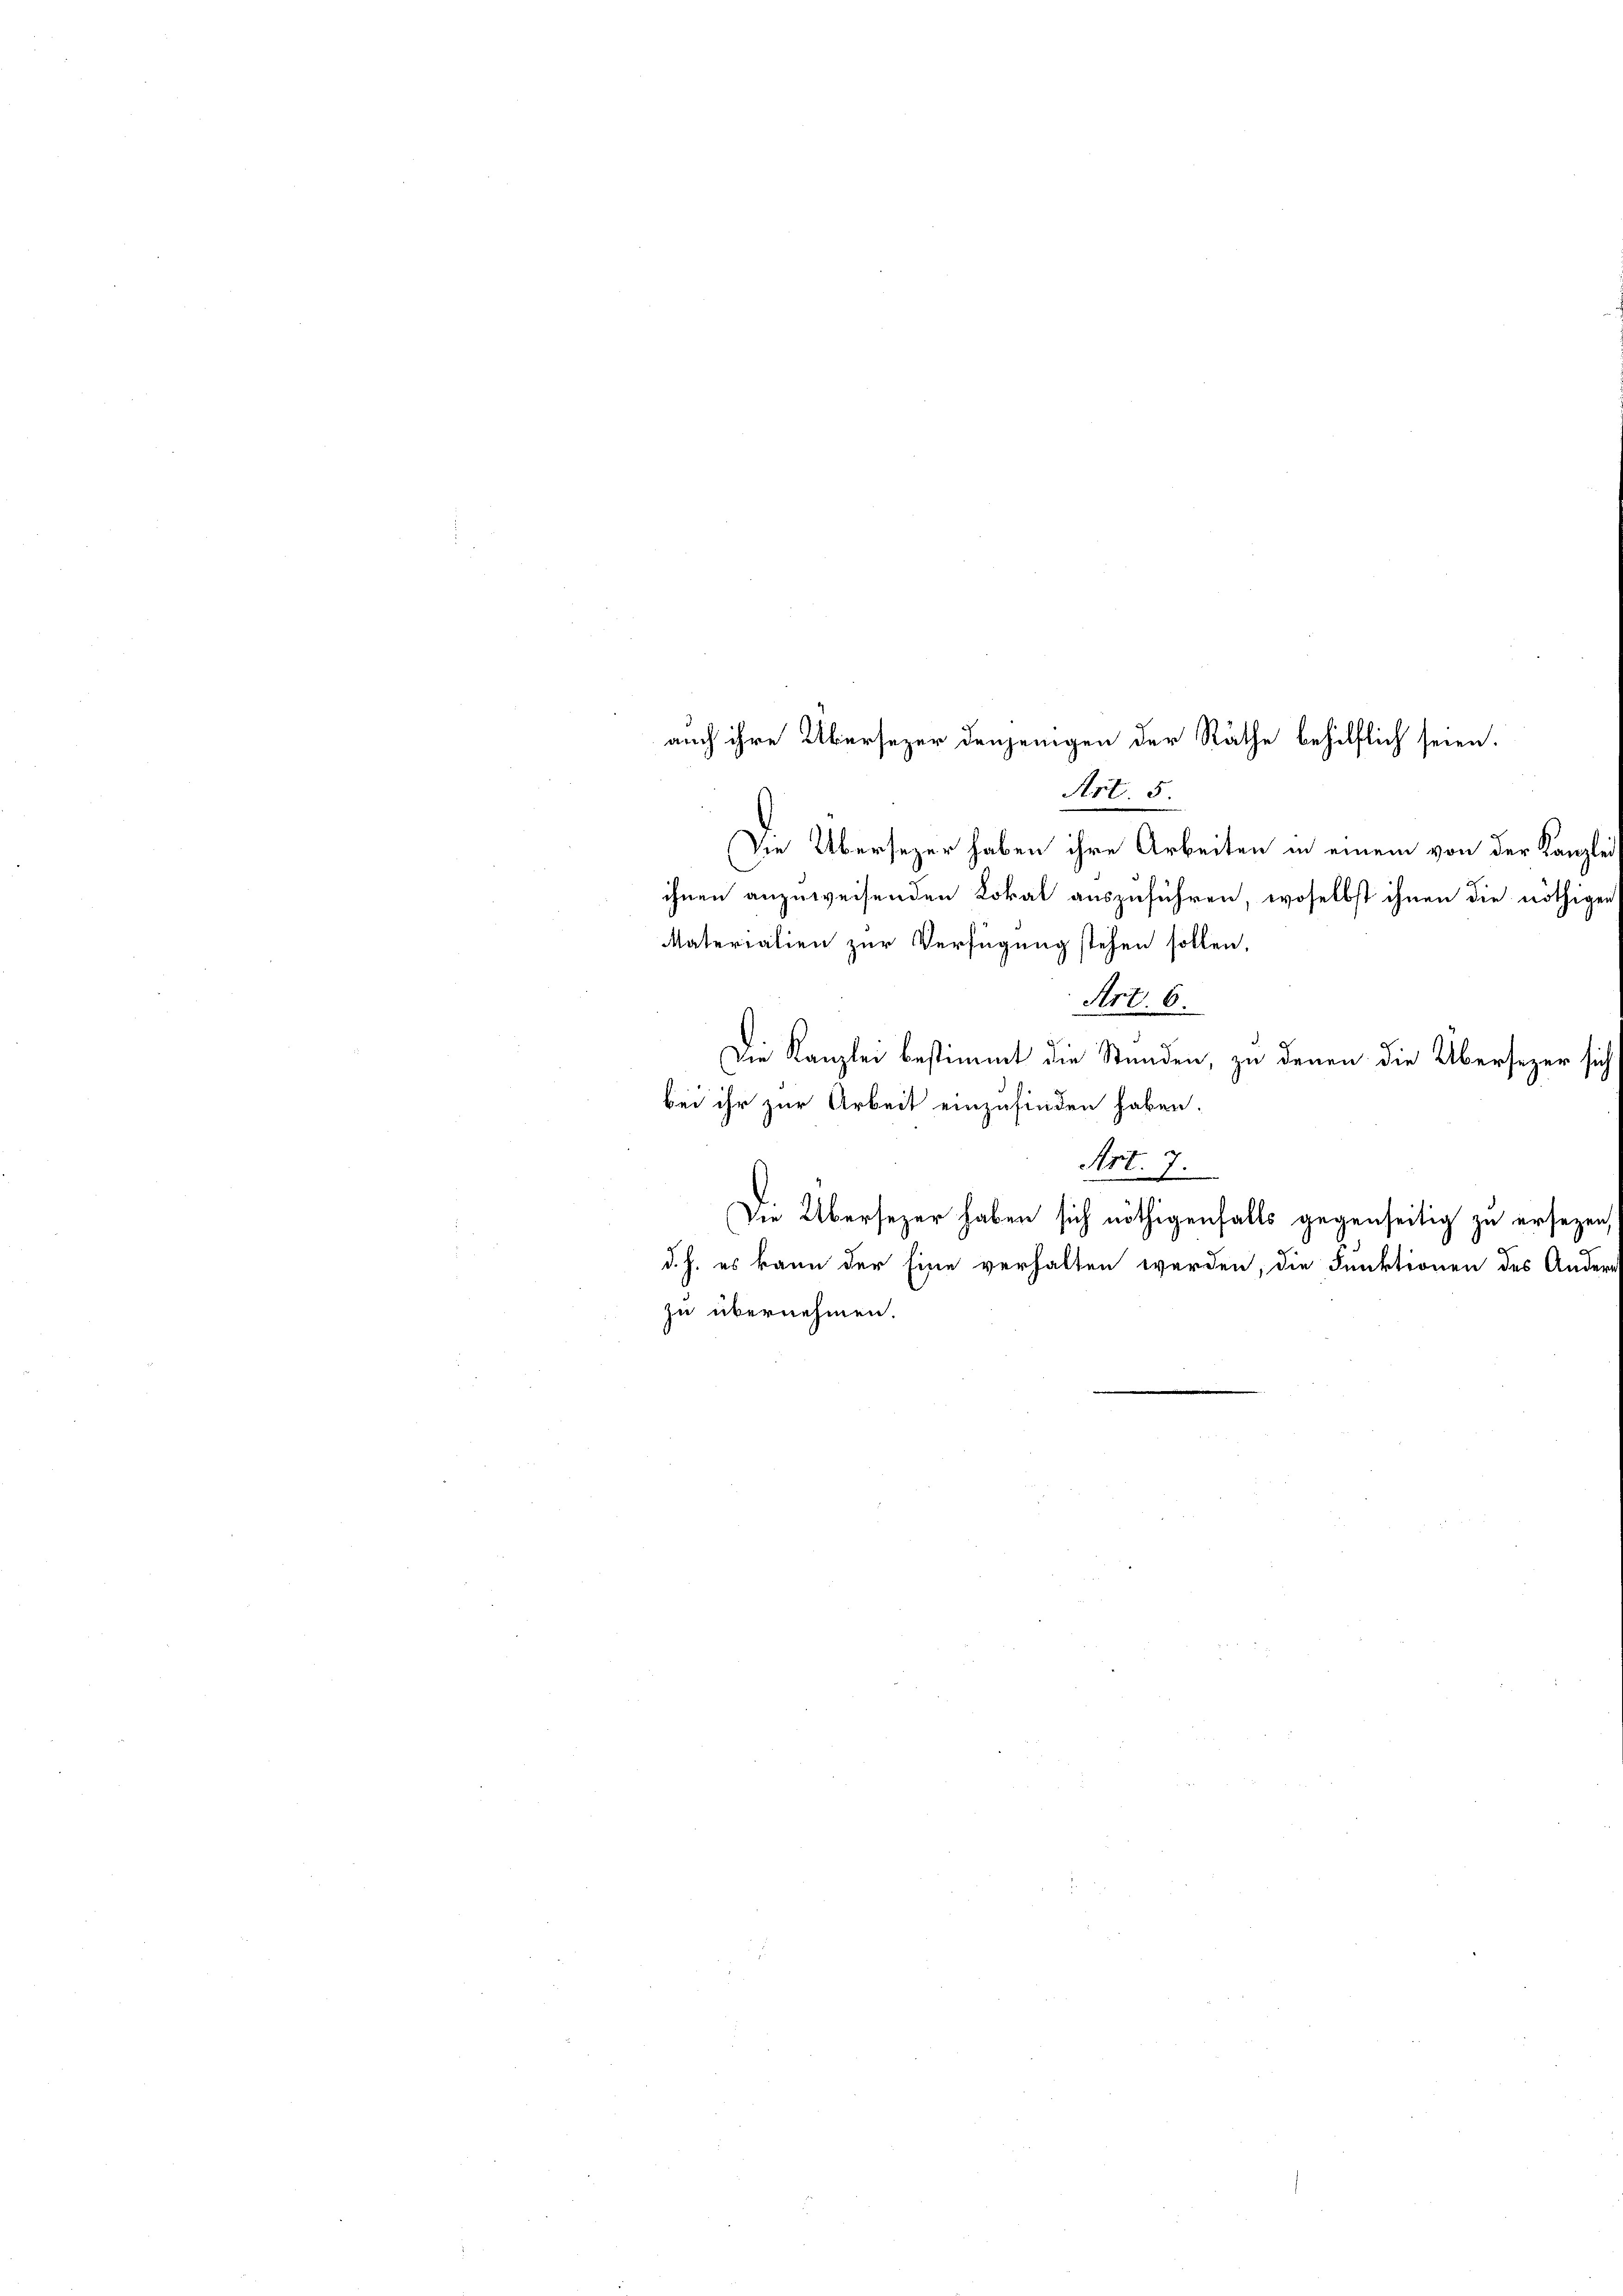
auch ihre Übersezer denjenigen der Räthe behilflich seien.
Art. 5

Die Übersezer haben ihre Arbeiten in einem von der Kanzlei
ihnen anzuweisenden Lokal auszuführen, woselbst ihnen die nöthigen
Materialien zur Verfügung stehen sollen.
Art.
6.
Die Kanzlei bestimmt die Stunden, zu denen die Übersezer sich
bei ihr zur Arbeit einzufinden haben.
e
Art. 7.
Die Übersezer haben sich nöthigenfalls gegenseitig zu ersezen,
d. h. es kann der Eine verhalten werden, die Funktionen des Ander-
zu übernehmen.